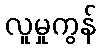
လူမှုကွန်